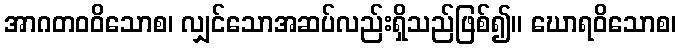
အာဂတဝဝိသောစ၊ လျှင်သောအဆပ်လည်းရှိသည်ဖြစ်၍။ ဃောရဝိသောစ၊